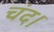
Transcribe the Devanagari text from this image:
चंद।